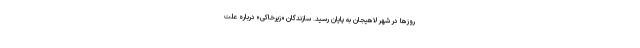
روزها در شهر لاهیجان به پایان رسید. سازندگان «زیرخاکی» درباره علت